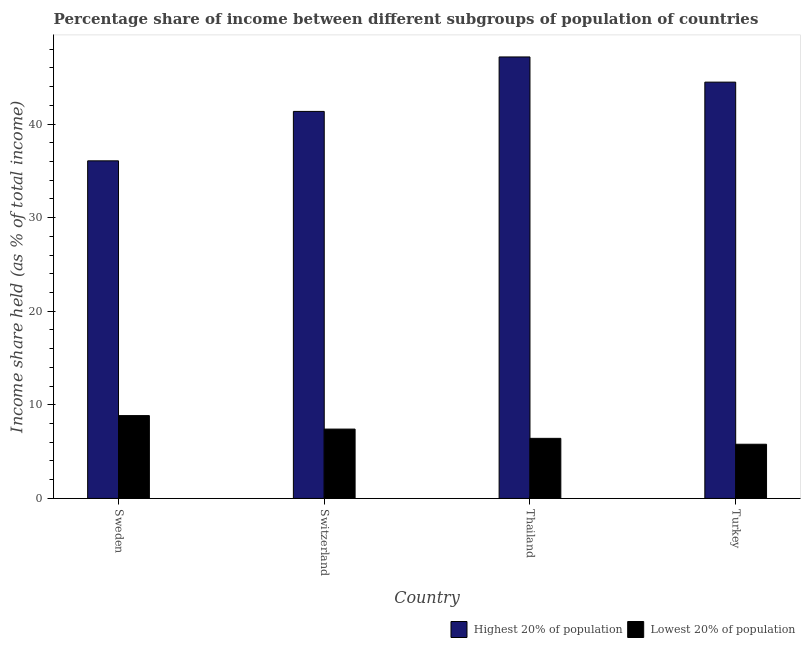
| Country | Highest 20% of population | Lowest 20% of population |
 | --- | --- | --- |
 | Sweden | 36.1 | 8.85 |
 | Switzerland | 41.4 | 7.41 |
 | Thailand | 47.2 | 6.42 |
 | Turkey | 44.5 | 5.79 |